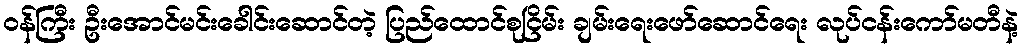
၀န်ကြီး ဦးအောင်မင်းခေါင်းဆောင်တဲ့ ပြည်ထောင်စုငြိမ်း ချမ်းရေးဖော်ဆောင်ရေး လုပ်ငန်းကော်မတီနဲ့